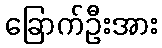
ခြောက်ဦးအား